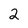
Character: 2